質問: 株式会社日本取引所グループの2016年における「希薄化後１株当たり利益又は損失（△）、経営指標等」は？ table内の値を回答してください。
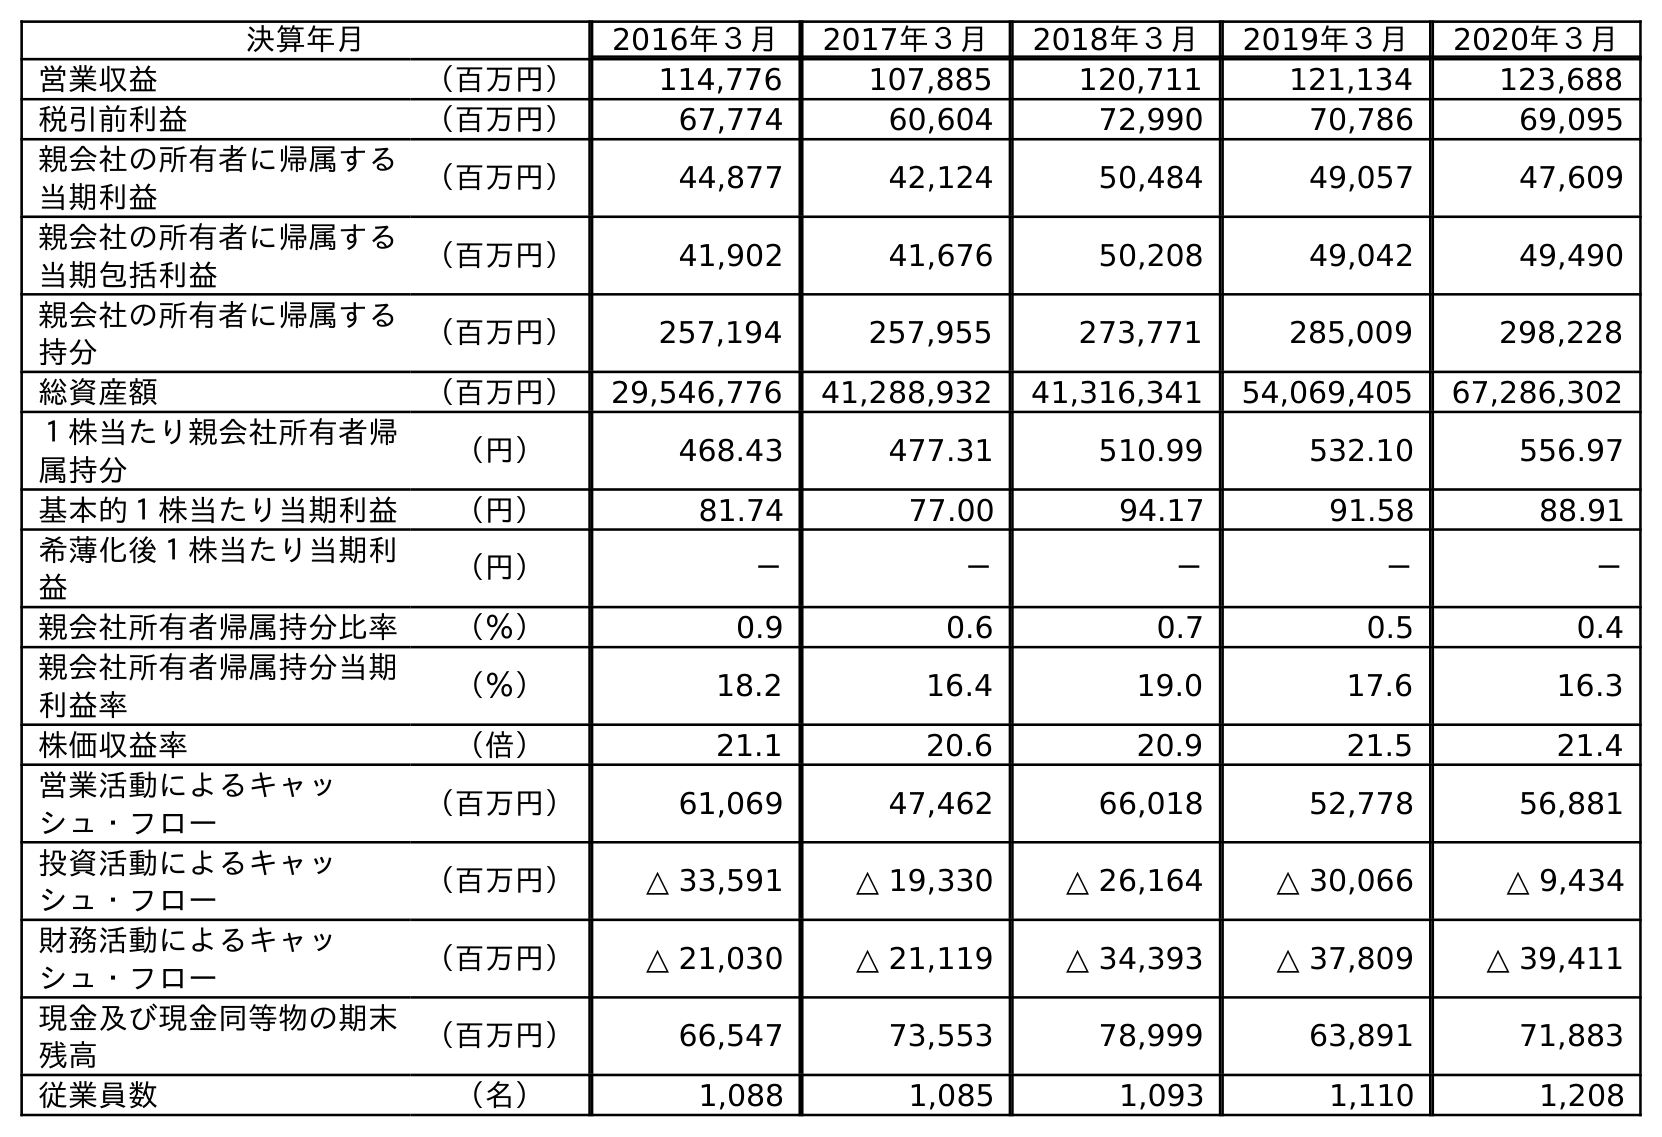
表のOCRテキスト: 決算年月 2016年３月 2017年３月 2018年３月 2019年３月 2020年３月 営業収益 （百万円） 114,776 107,885 120,711 121,134 123,688 税引前利益 （百万円） 67,774 60,604 72,990 70,786 69,095 親会社の所有者に帰属する 当期利益 （百万円） 44,877 42,124 50,484 49,057 47,609 親会社の所有者に帰属する 当期包括利益 （百万円） 41,902 41,676 50,208 49,042 49,490 親会社の所有者に帰属する 持分 （百万円） 257,194 257,955 273,771 285,009 298,228 総資産額 （百万円） 29,546,776 41,288,932 41,316,341 54,069,405 67,286,302 １株当たり親会社所有者帰 属持分 （円） 468.43 477.31 510.99 532.10 556.97 基本的１株当たり当期利益 （円） 81.74 77.00 94.17 91.58 88.91 希薄化後１株当たり当期利 益 （円） － － － － － 親会社所有者帰属持分比率 （％） 0.9 0.6 0.7 0.5 0.4 親会社所有者帰属持分当期 利益率 （％） 18.2 16.4 19.0 17.6 16.3 株価収益率 （倍） 21.1 20.6 20.9 21.5 21.4 営業活動によるキャッ シュ・フロー （百万円） 61,069 47,462 66,018 52,778 56,881 投資活動によるキャッ シュ・フロー （百万円） △ 33,591 △ 19,330 △ 26,164 △ 30,066 △ 9,434 財務活動によるキャッ シュ・フロー （百万円） △ 21,030 △ 21,119 △ 34,393 △ 37,809 △ 39,411 現金及び現金同等物の期末 残高 （百万円） 66,547 73,553 78,999 63,891 71,883 従業員数 （名） 1,088 1,085 1,093 1,110 1,208
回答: －